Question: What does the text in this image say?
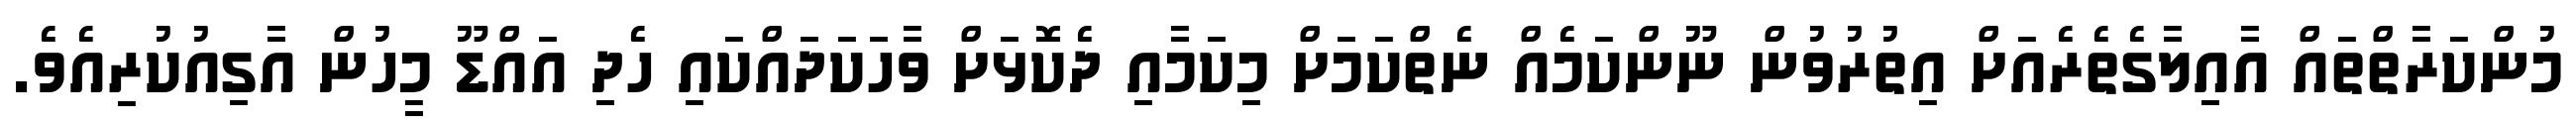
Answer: މުންކަރާތްތައް އާއިލާގެތެރެއަށް އިތުރުވުން ނޫންކަމެއް ނެތްކަމަށް މިކަމާއި ދެކޮޅަށް ވާހަކަދައްކައި ހެދި އައްޑޫ މީހުން އާގިއުކުރިއެވެ.